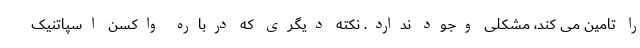
را تامین می کند، مشکلی وجود ندارد. نکته دیگری که درباره واکسن اسپاتنیک